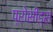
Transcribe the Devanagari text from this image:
प्रोसीड्स